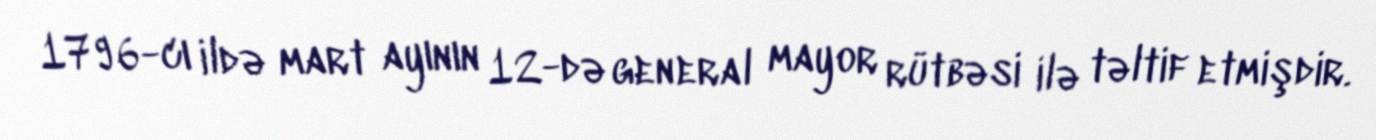
1796-cı ildə mart ayının 12-də general mayor rütbəsi ilə təltif etmişdir.